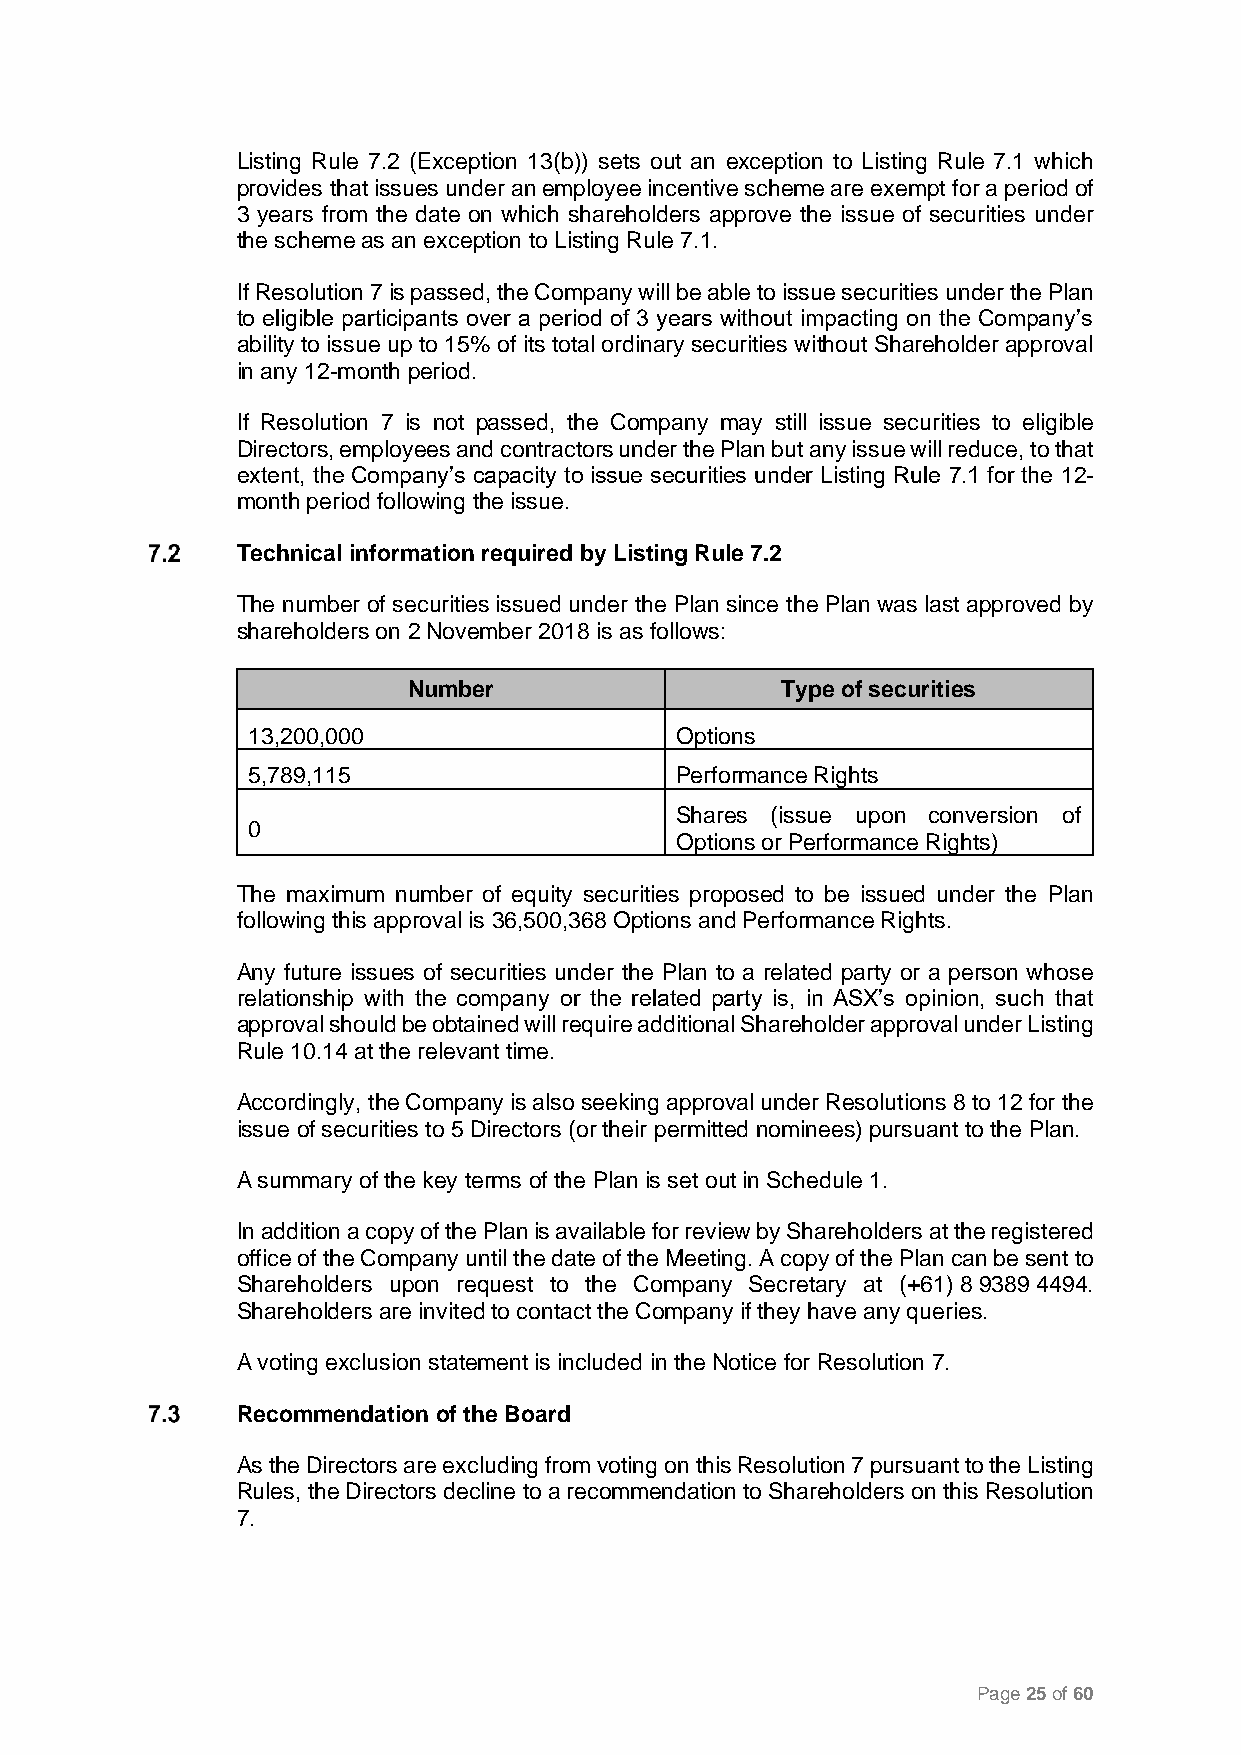
Listing Rule 7.2 (Exception 13(b)) sets out an exception to Listing Rule 7.1 which
 provides that issues under an employee incentive scheme are exempt for a period of
 3 years from the date on which shareholders approve the issue of securities under
 the scheme as an exception to Listing Rule 7.1.
 If Resolution 7 is passed, the Company will be able to issue securities under the Plan
 to eligible participants over a period of 3 years without impacting on the Company’s
 ability to issue up to 15% of its total ordinary securities without Shareholder approval
 in any 12-month period.
 If Resolution 7 is not passed, the Company may still issue securities to eligible
 Directors, employees and contractors under the Plan but any issue will reduce, to that
 extent, the Company’s capacity to issue securities under Listing Rule 7.1 for the 12-
 month period following the issue.
 Technical information required by Listing Rule 7.2
 The number of securities issued under the Plan since the Plan was last approved by
 shareholders on 2 November 2018 is as follows:
 Number                   Type of securities
 13,200,000                   Options
 5,789,115                    Performance Rights
 Shares (issue upon conversion of
 0
 Options or Performance Rights)
 The maximum number of equity securities proposed to be issued under the Plan
 following this approval is 36,500,368 Options and Performance Rights.
 Any future issues of securities under the Plan to a related party or a person whose
 relationship with the company or the related party is, in ASX’s opinion, such that
 approval should be obtained will require additional Shareholder approval under Listing
 Rule 10.14 at the relevant time.
 Accordingly, the Company is also seeking approval under Resolutions 8 to 12 for the
 issue of securities to 5 Directors (or their permitted nominees) pursuant to the Plan.
 A summary of the key terms of the Plan is set out in Schedule 1.
 In addition a copy of the Plan is available for review by Shareholders at the registered
 office of the Company until the date of the Meeting. A copy of the Plan can be sent to
 Shareholders upon request to the Company Secretary at (+61) 8 9389 4494.
 Shareholders are invited to contact the Company if they have any queries.
 A voting exclusion statement is included in the Notice for Resolution 7.
 Recommendation of the Board
 As the Directors are excluding from voting on this Resolution 7 pursuant to the Listing
 Rules, the Directors decline to a recommendation to Shareholders on this Resolution
 7.
 Page 25 of 60